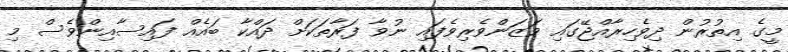
މީގެ އިތުރުން ދިވެހިރާއްޖޭގައި ވަޒަންވެރިވެފައި ނުވާ ފަރާތަކަށް ދައްކާ ބައެއް ފައިސާއިންވެސް މި